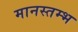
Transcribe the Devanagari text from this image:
मानस्तम्भ